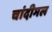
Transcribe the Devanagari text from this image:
चांदीमल